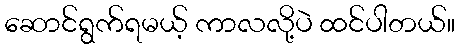
ဆောင်ရွက်ရမယ့် ကာလလို့ပဲ ထင်ပါတယ်။